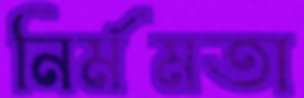
নির্মমতা